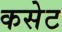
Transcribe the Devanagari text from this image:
कसेट